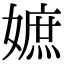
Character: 嫬